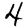
Digit: 4